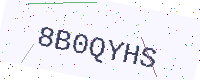
Text: 8B0QYHS